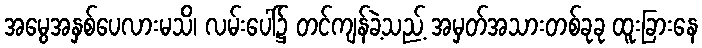
အမွေအနှစ်ပေလားမသိ၊ လမ်းပေါ်၌ တင်ကျန်ခဲ့သည့် အမှတ်အသားတစ်ခုခု ထူးခြားနေ